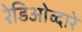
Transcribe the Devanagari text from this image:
रेडिओव्दारे